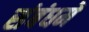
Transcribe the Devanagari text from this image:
संबंधमें